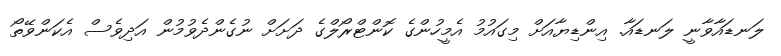
ލަނޑައާވާނީ ލަނޑައާ. އިންޑިޔާއަށް މިގައުމު އެމީހުންގެ ކޮންޓްރޯލްގެ ދަށަށް ނުގެންދެވުމުން އަދިވެސް އެކަންވޭތޯ